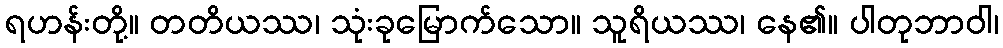
ရဟန်းတို့။ တတိယဿ၊ သုံးခုမြောက်သော။ သူရိယဿ၊ နေ၏။ ပါတုဘာဝါ၊